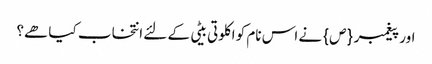
اور پیغمبر {ص} نے اس نام کو اکلوتی بیٹی کے لئے انتخاب کیا ھے؟